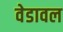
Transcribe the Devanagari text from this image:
वेडावल